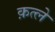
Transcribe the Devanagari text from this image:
क़त्ले